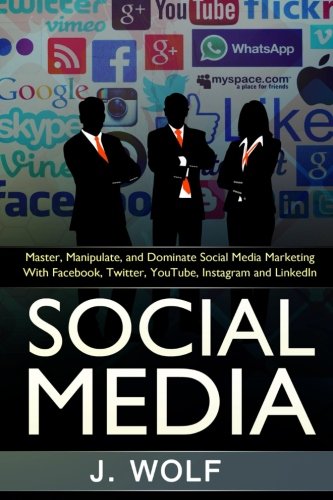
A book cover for Social Media: Master, Manipulate, And Dominate Social Media Marketing Facebook, Twitter, YouTube, Instagram And LinkedIn; J. Wolf; Business & Money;